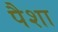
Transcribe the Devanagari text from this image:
पैशा